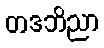
တဒဘိညာ